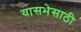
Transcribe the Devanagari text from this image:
यासभेसाठी